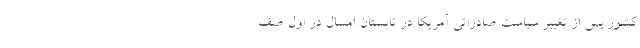
کشور پس از تغییر سیاست صادراتی آمریکا در تابستان امسال در اول صف